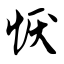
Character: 恹